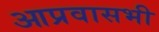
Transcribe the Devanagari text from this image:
आप्रवासभी